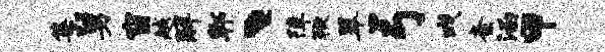
集舅窗越解郫、障鞭翠弓戏紊涵甲